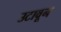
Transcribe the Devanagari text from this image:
उटावून